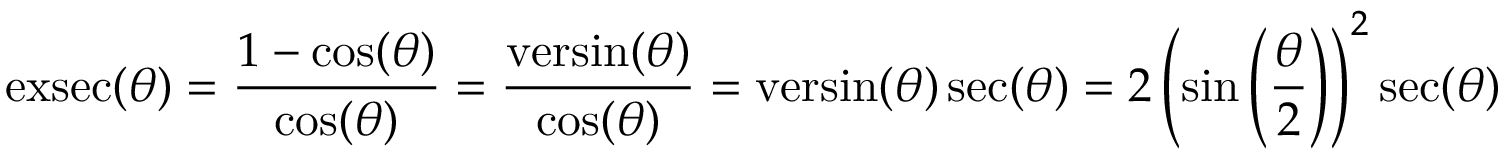
\operatorname { e x s e c } ( \theta ) = { \frac { 1 - \cos ( \theta ) } { \cos ( \theta ) } } = { \frac { \operatorname { v e r s i n } ( \theta ) } { \cos ( \theta ) } } = \operatorname { v e r s i n } ( \theta ) \sec ( \theta ) = 2 \left( \sin \left( { \frac { \theta } { 2 } } \right) \right) ^ { 2 } \sec ( \theta )